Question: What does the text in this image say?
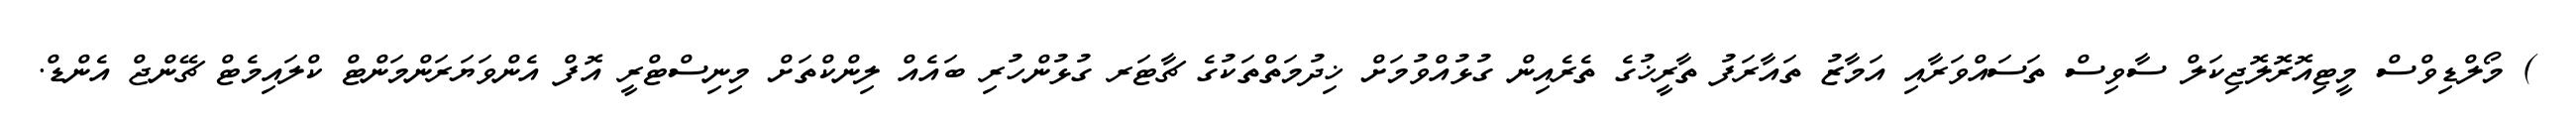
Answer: ) މޯލްޑިވްސް މީޓިއޮރޮލޮޖިކަލް ސާވިސް ތަސައްވަރާއި އަމާޒު ތައާރަފު ތާރީޚުގެ ތެރެއިން ގުޅުއްވުމަށް ޚިދުމަތްތަކުގެ ޗާޓަރ ގުޅުންހުރި ބައެއް ލިންކްތަށް މިނިސްޓްރީ އޮފް އެންވަޔަރަންމަންޓް ކްލައިމެޓް ޗޭންޖް އެންޑް.